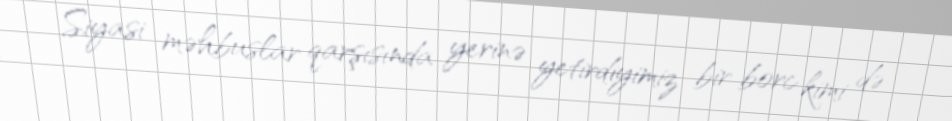
Siyasi məhbuslar qarşısında yerinə yetirdiyimiz bir borc kimi də